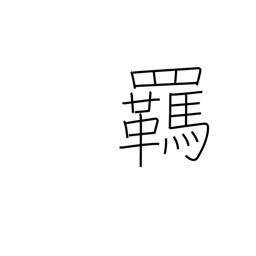
Meaning: reins